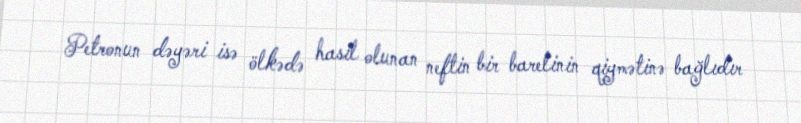
Petronun dəyəri isə ölkədə hasil olunan neftin bir barelinin qiymətinə bağlıdır